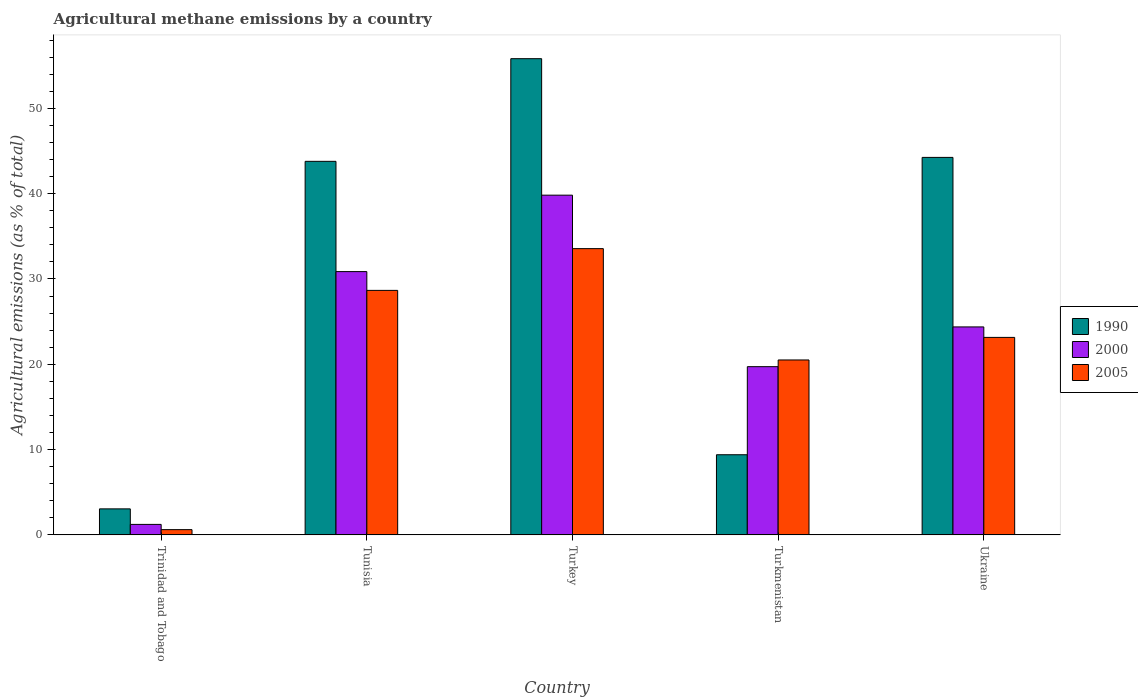
| Country | 1990 | 2000 | 2005 |
 | --- | --- | --- | --- |
 | Trinidad and Tobago | 3.05 | 1.23 | 0.616 |
 | Tunisia | 43.8 | 30.9 | 28.7 |
 | Turkey | 55.8 | 39.8 | 33.6 |
 | Turkmenistan | 9.4 | 19.7 | 20.5 |
 | Ukraine | 44.3 | 24.4 | 23.2 |